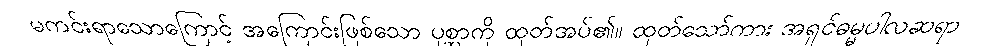
မကင်းရာသောကြောင့် အကြောင်းဖြစ်သော ပုစ္ဆာကို ထုတ်အပ်၏။ ထုတ်သော်ကား အရှင်ဓမ္မပါလဆရာ